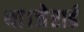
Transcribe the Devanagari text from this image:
था।जेरार्ड